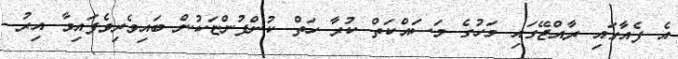
އެ ފެއާގައި ރާއްޖޭގައި މަހުގެ މަސައްކަތް ކުރާ ހަތް ކުންފުންޏަކުން ބައިވެރިވެފައިވާ އިރު